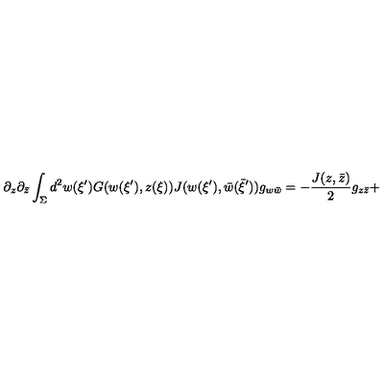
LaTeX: \partial _ { z } \partial _ { \bar { z } } \int _ { \Sigma } d ^ { 2 } w ( \xi ^ { \prime } ) G ( w ( \xi ^ { \prime } ) , z ( \xi ) ) J ( w ( \xi ^ { \prime } ) , \bar { w } ( \bar { \xi } ^ { \prime } ) ) g _ { w \bar { w } } = - { \frac { J ( z , \bar { z } ) } { 2 } } g _ { z \bar { z } } +